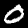
Digit: 0